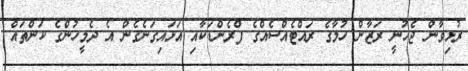
ރުޅިވާން ޖެހުނީ ރަޒާން ހުމާގެ ރައްޓެއްސެއްގެ ފްރެންޑަކާއި އަޅައިގަނެގެން އެ ދެމީހުންގެ ކަންތައް